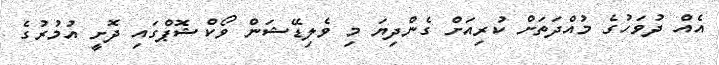
އެއް ދުވަހުގެ މުއްދަތަށް ކުރިއަށް ގެންދިޔަ މި ވެލިޑޭޝަން ވޯކްޝޮޕްގައި ދޮށީ އުމުރުގެ